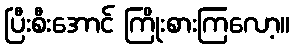
ပြီးစီးအောင် ကြိုးစားကြလော့။